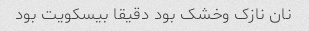
نان نازک و‌خشک بود دقیقا بیسکویت بود